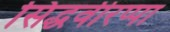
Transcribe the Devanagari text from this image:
सिद्धवीरप्पा